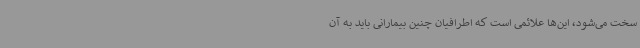
سخت می‌شود، این‌ها علائمی است که اطرافیان چنین بیمارانی باید به آن